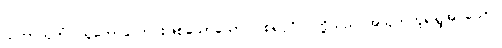
သုဘာသုဘံ၊ သူတော်ကောင်းဖြစ်သောယောဂါဝစရပုဂ္ဂိုလ်တို့သည် အသုဘဟူ၍ရှုအပ်သော။